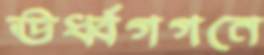
ঊর্ধ্বগগনে